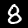
Digit: 8